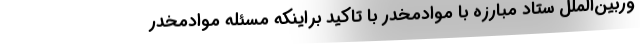
وربین‌الملل ستاد مبارزه با موادمخدر با تاکید براینکه مسئله موادمخدر